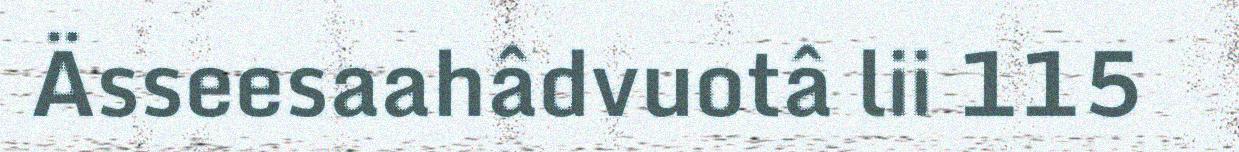
Ässeesaahâdvuotâ lii 115